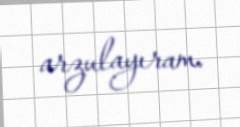
arzulayıram.